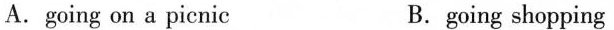
A.going on a picnic B.going shopping